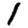
Digit: 1